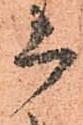
上